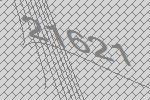
21621